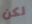
لكن